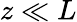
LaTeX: z\ll L